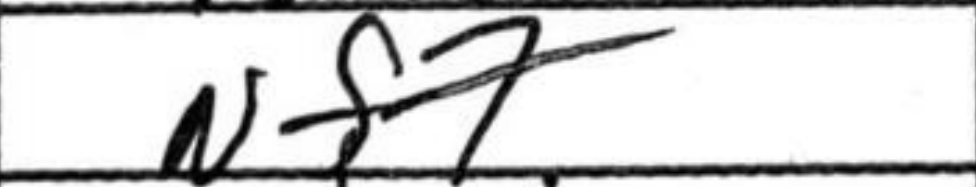
Transcription: Nf7